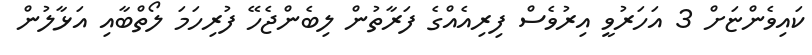
ކައިވެންޏަށް 3 އަހަރުވީ އިރުވެސް ފިރިއެއްގެ ފަރާތުން ލިބެންޖެހޭ ފުރިހަމަ ލޯތްބާއި އަޅާލުން